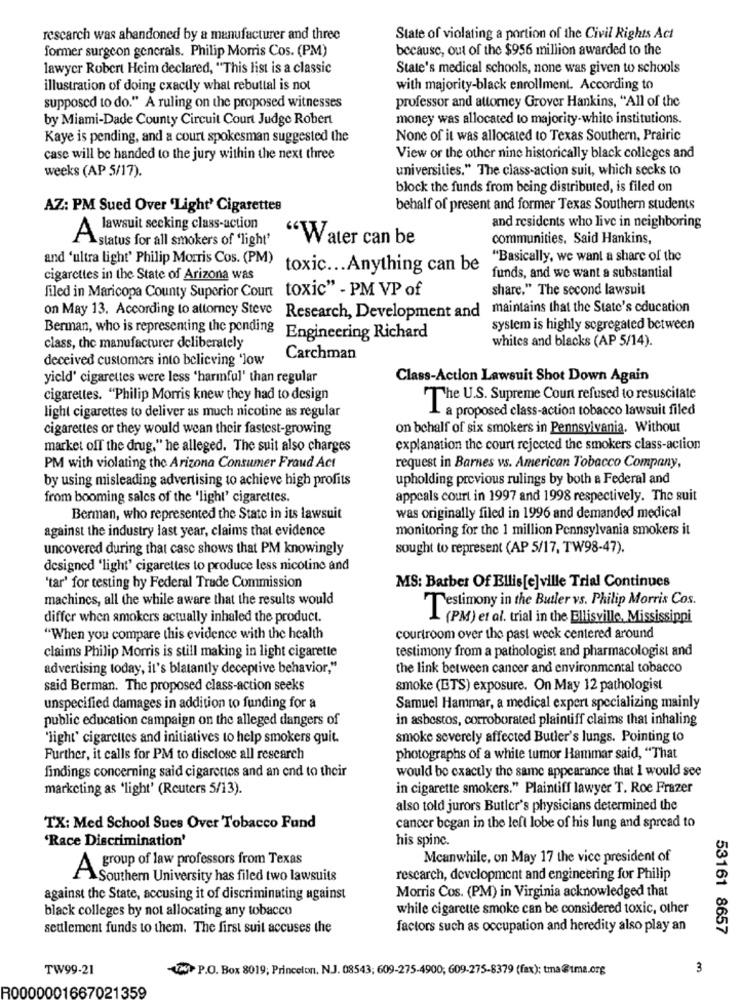
rescarch was abandoned by a manufacturer and three
State of violating a portion of the Civil Rights Act
former surgeon generals. Philip Morris Cos. (PM)
because, out of the $956 million awarded to the
lawyer Robert Heim declared, "This list is a classic
State's medical schools, none was given to schools
illustration of doing exactly what rebuttal is not
with majority-black enrollment. According to
supposed to do." A ruling on the proposed witnesses
professor and attorney Grover Hankins, "All of the
by Miami-Dade County Circuit Court Judge Robert
money was allocated to majority-white institutions.
Kaye is pending, and a court spokesman suggested the
None of it was allocated to Texas Southern, Prairic
case will be handed to the jury within the next three
View or the other nine historically black colleges and
universities." The class-action suit, which secks to
weeks (AP 5/17).
block the funds from being distributed, is filed on
AZ: PM Sued Over 'Light' Cigarettes
behalf of present and former Texas Southern students
A lawsuit seeking class-action
and residents who live in neighboring
1 status for all smokers of 'light'
"Water can be
communities. Said Hankins,
and 'ultra light' Philip Morris Cos. (PM)
"Basically, we want a share of the
toxic ... Anything can be
cigarettes in the State of Arizona was
funds, and we want a substantial
filed in Maricopa County Superior Court toxic" - PM VP of
share." The second lawsuit
maintains that the State's education
on May 13. According to attorney Steve Research, Development and
system is highly segregated between
Berman, who is representing the pending Engineering Richard
whites and blacks (AP 5/14).
class, the manufacturer deliberately
deceived customers into believing 'low
Carchman
yield' cigarettes were less 'harmful' than regular
Class-Action Lawsuit Shot Down Again
cigarettes. "Philip Morris knew they had to design
The U.S. Supreme Court refused to resuscitate
La proposed class-action tobacco lawsuit filed
light cigarettes to deliver as much nicotine as regular
cigarettes or they would wean their fastest-growing
on behalf of six smokers in Pennsylvania. Without
market off the drug," he alleged. The suit also charges
explanation the court rejected the smokers class-action
PM with violating the Arizona Consumer Fraud Act
request in Barnes vs. American Tobacco Company,
by using misleading advertising to achieve high profits
upholding previous rulings by both a Federal and
from booming sales of the 'light' cigarettes.
appeals court in 1997 and 1998 respectively. The suit
Berman, who represented the State in its lawsuit
was originally filed in 1996 and demanded medical
against the industry last year, claims that evidence
monitoring for the 1 million Pennsylvania smokers it
uncovered during that casc shows that PM knowingly
sought to represent (AP 5/17, TW98-47).
designed 'light' cigarettes to produce less nicotine and
MS: Barber Of Ellis[e]ville Trial Continues
tar' for testing by Federal Trade Commission
machines, all the while aware that the results would
Testimony in the Butler vs. Philip Morris Cos.
differ when smokers actually inhaled the product.
L (PM) et al. trial in the Ellisville, Mississippi
"When you compare this evidence with the health
courtroom over the past week centered around
claims Philip Morris is still making in light cigarette
testimony from a pathologist and pharmacologist and
advertising today, it's blatantly deceptive behavior,"
the link between cancer and environmental tobacco
said Berman. The proposed class-action seeks
smoke (ETS) exposure. On May 12 pathologist
unspecified damages in addition to funding for a
Samuel Hammar, a medical expert specializing mainly
public education campaign on the alleged dangers of
in asbestos, corroborated plaintiff claims that inhaling
"light" cigarettes and initiatives to help smokers quit.
smoke severely affected Butler's lungs. Pointing to
Further, it calls for PM to disclose all research
photographs of a white tumor Hammar said, "That
findings concerning said cigarettes and an end to their
would be exactly the same appearance that I would see
marketing as 'light' (Reuters 5/13).
in cigarette smokers." Plaintiff lawyer T. Roe Frazer
also told jurors Butler's physicians determined the
TX: Med School Sues Over Tobacco Fund
cancer began in the left lobe of his lung and spread to
'Race Discrimination'
his spinc.
group of law professors from Texas
Meanwhile, on May 17 the vice president of
ASouthern University has filed two lawsuits
research, development and engineering for Philip
Morris Cos. (PM) in Virginia acknowledged that
against the State, accusing it of discriminating against
black colleges by not allocating any tobacco
while cigarette smoke can be considered toxic, other
seulement funds to them. The first suit accuses the
factors such as occupation and heredity also play an
53161 8657
TW99-21
W> P.O. Box 8019; Princeton, N.J. 08543; 609-275-4900; 609-275-8379 (fax): tma@tma.org
3
R0000001667021359